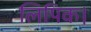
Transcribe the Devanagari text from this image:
लिपिक।